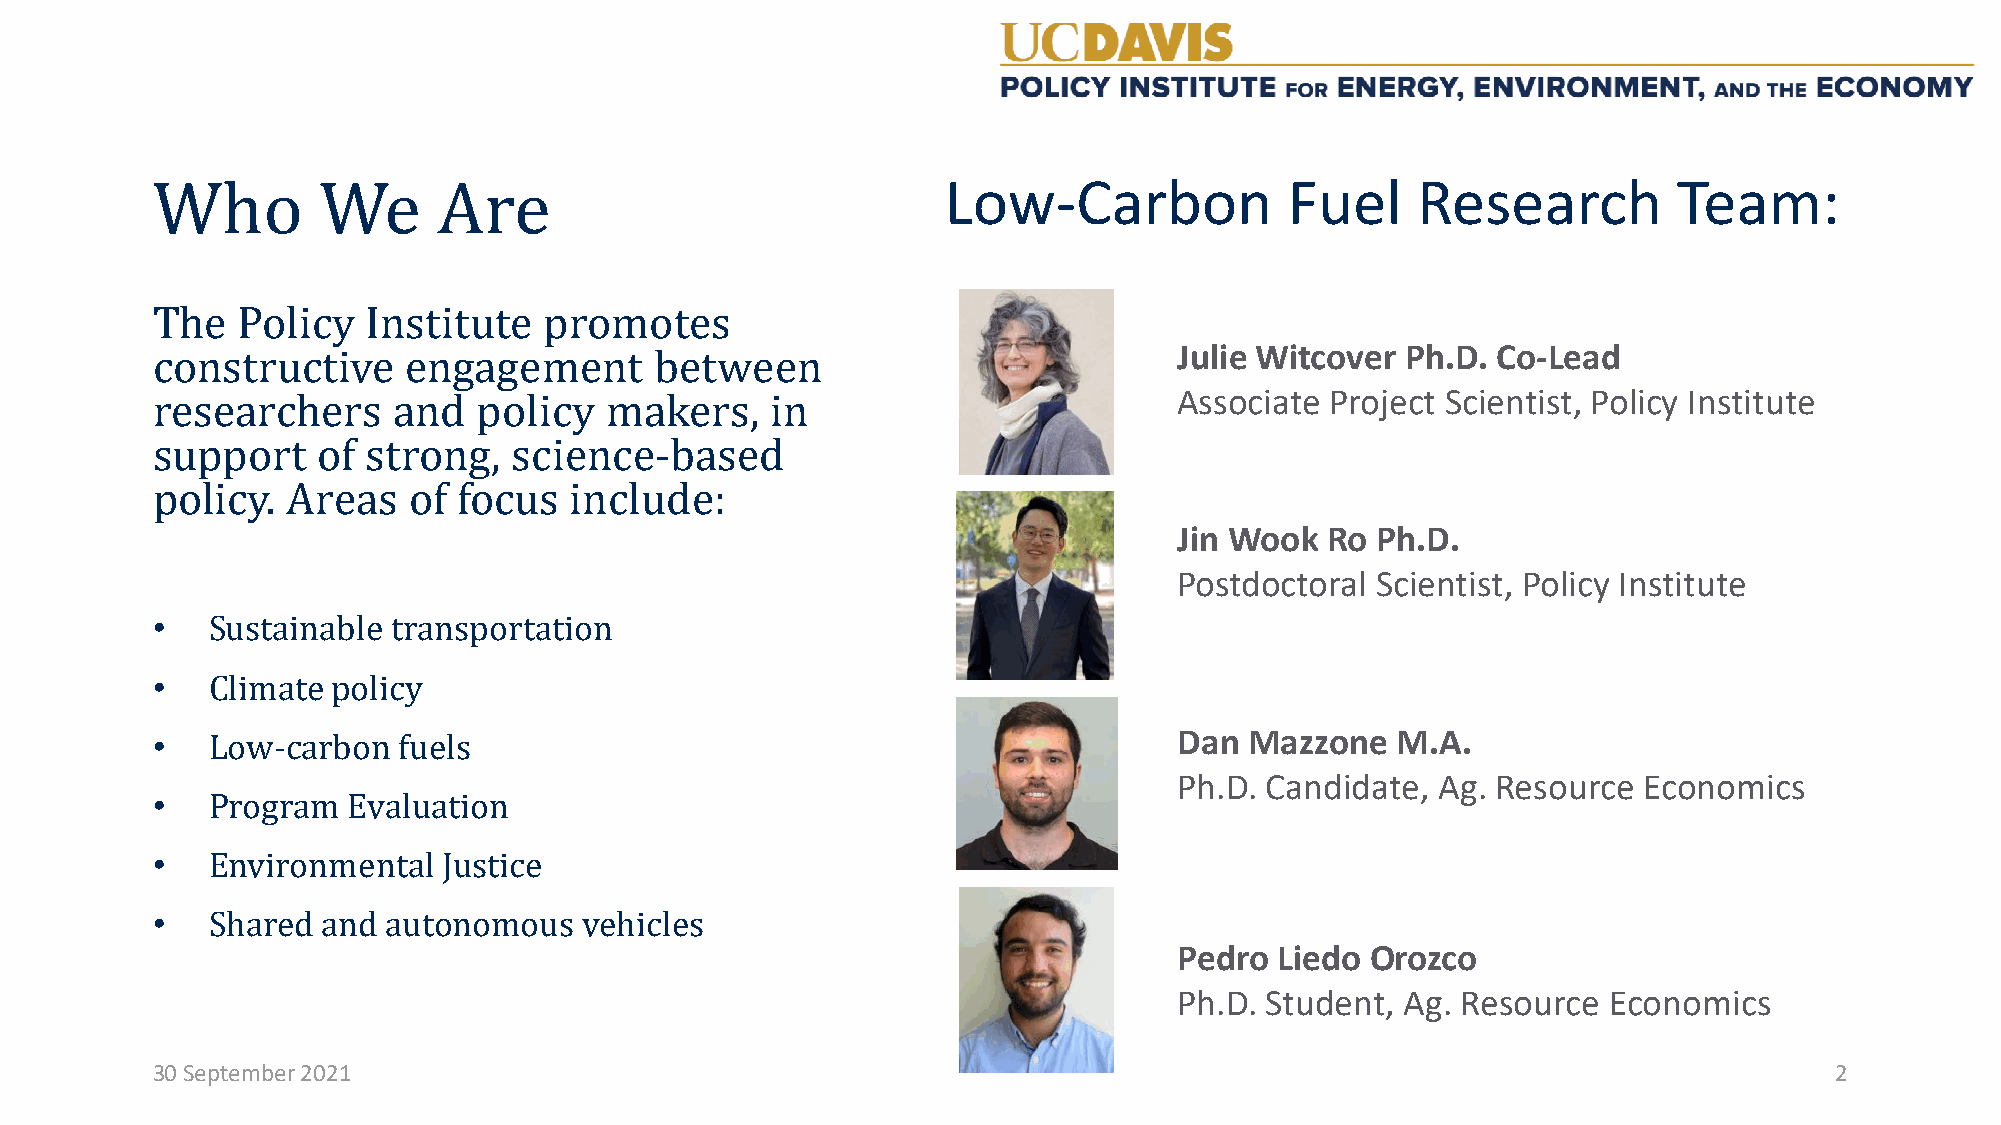
Low-Carbon            Fuel     Research         Team:
 Who        We      Are                                              Julie Witcover Ph.D. Co-Lead
 Associate Project Scientist, Policy Institute
 The   Policy  Institute   promotes
 constructive     engagement      between
 researchers     and   policy  makers,    in
 Jin Wook  Ro Ph.D.
 support    of strong,   science-based
 Postdoctoral Scientist, Policy Institute
 policy.  Areas   of focus   include:
 •
 •
 Sustainable transportation
 •                                                                   Dan  Mazzone  M.A.
 Climate policy
 Ph.D. Candidate, Ag. Resource  Economics
 •
 Low-carbon  fuels
 •
 Program  Evaluation
 •
 Environmental  Justice
 Pedro  Liedo Orozco
 Shared and  autonomous   vehicles                               Ph.D. Student, Ag. Resource  Economics
 30 September 2021                                                                                              2